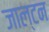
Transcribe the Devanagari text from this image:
जाल्‍टन